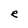
Character: R